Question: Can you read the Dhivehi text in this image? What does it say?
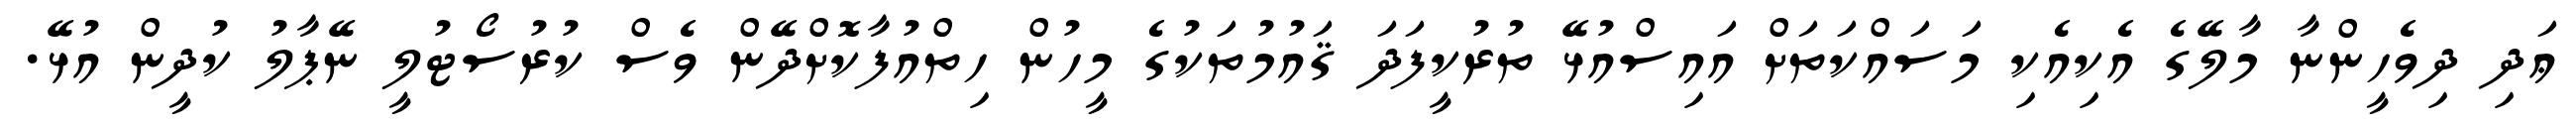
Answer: ޢަދި ދިވެހީންނާ މާލޭގެ އެކިއެކި މަސައްކަތަށް އައިސްއުޅޭ ތުރުކީފަދަ ޤައުމުތަކުގެ މީހުން ހިތްއުފާކޮށްދޭން ވެސް ކުރުސޯޓުލީ ނޭޕާލު ކުދީން އުޅޭ.